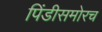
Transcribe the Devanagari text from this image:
पिंडीसमोरच